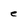
Character: e